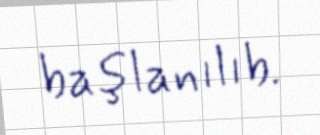
başlanılıb.